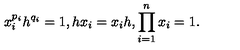
x _ { i } ^ { p _ { i } } h ^ { q _ { i } } = 1 , h x _ { i } = x _ { i } h , \prod _ { i = 1 } ^ { n } x _ { i } = 1 .